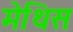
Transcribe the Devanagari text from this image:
मेथिस